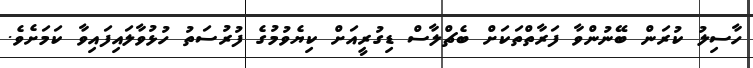
ހާސިލު ކުރަން ބޭނުންވާ ފަރާތްތަކަށް ބެޗްލާސް ޑިގުރީއަށް ކިޔެވުމުގެ ފުރުސަތު ހުޅުވާލައިފައިވާ ކަމަށެވެ.